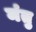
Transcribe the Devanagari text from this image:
मंतु